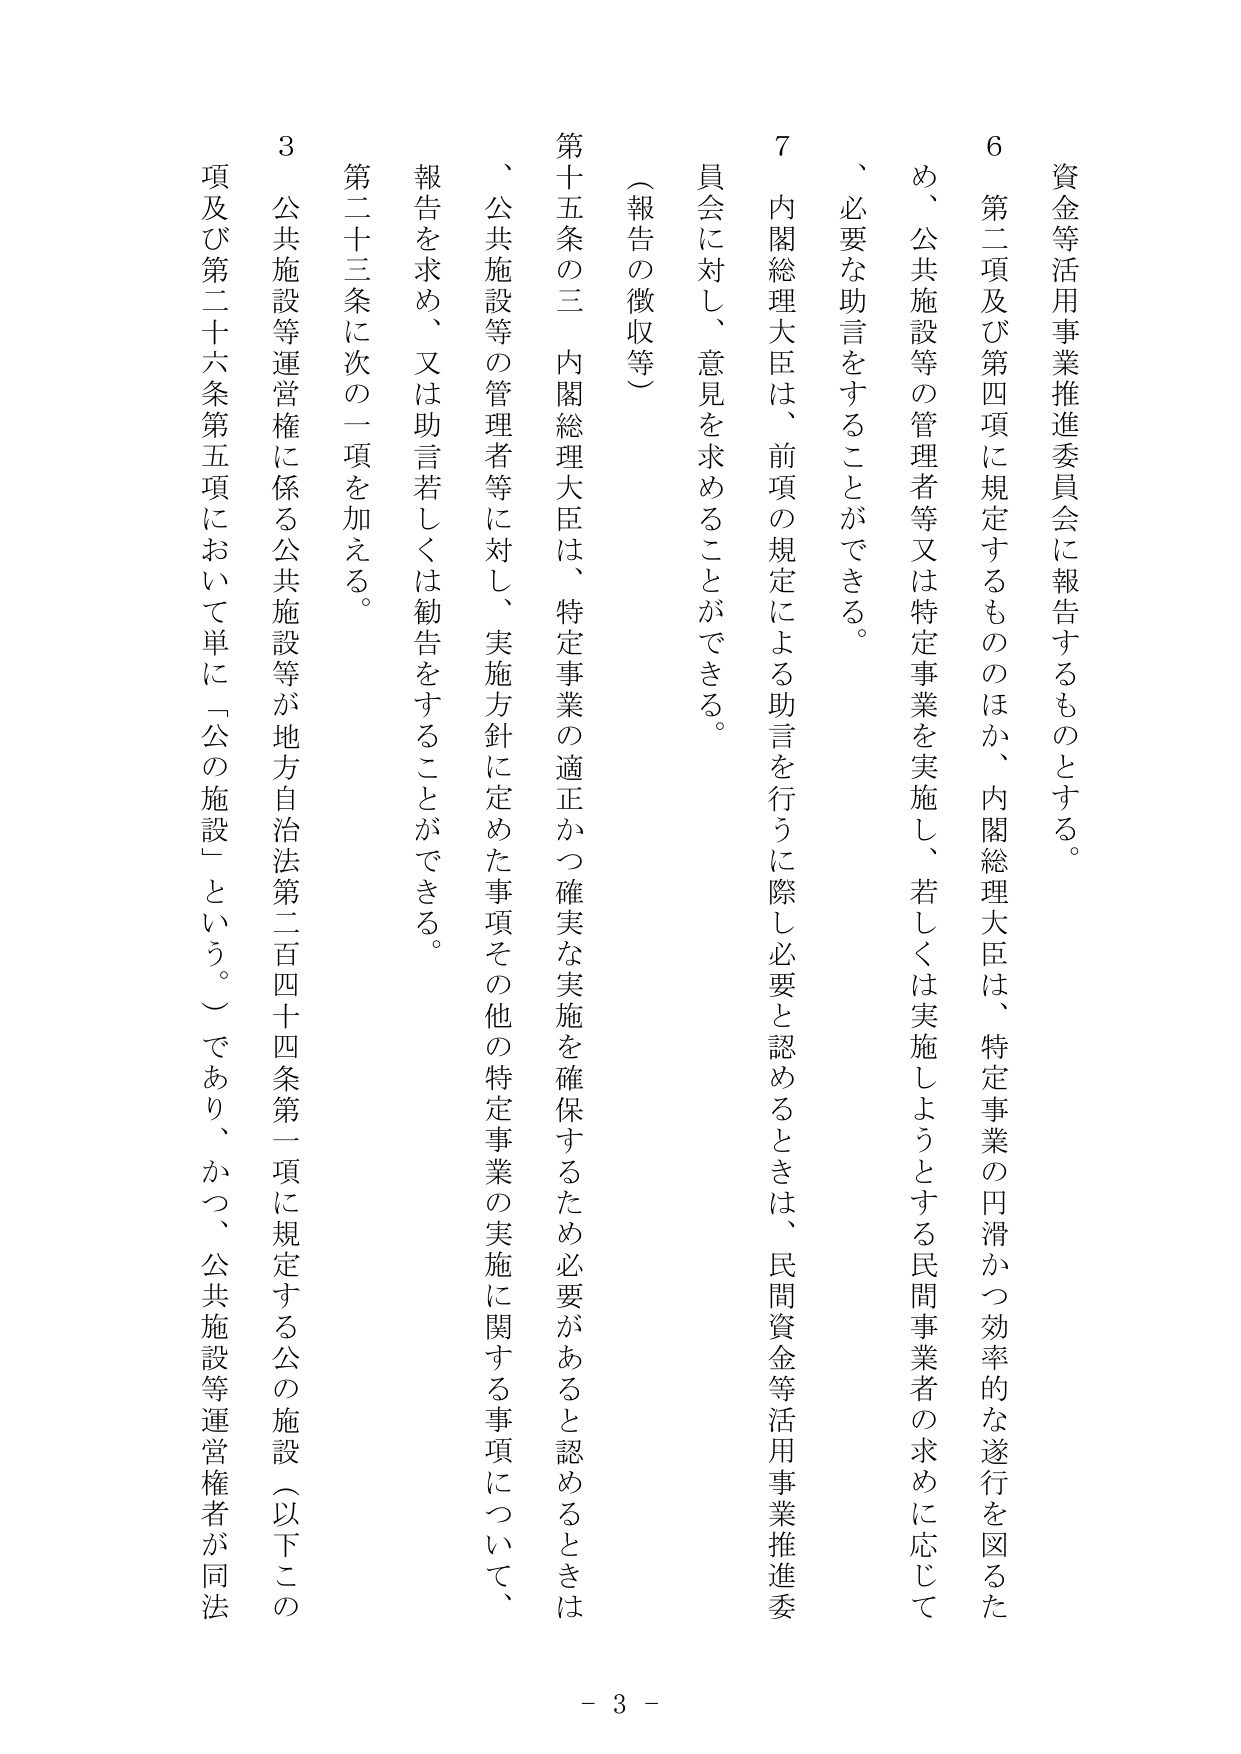
資金等活用事業推進委員会に報告するものとする。

6 第二項及び第四項に規定するもののほか、内閣総理大臣は、特定事業の円滑かつ効率的な遂行を図るため、公共施設等の管理者等又は特定事業を実施し、若しくは実施しようとする民間事業者の求めに応じて、必要な助言をすることができる。

7 内閣総理大臣は、前項の規定による助言を行うに際し必要と認めるときは、民間資金等活用事業推進委員会に対し、意見を求めることができる。

（報告の徴収等）

第十五条の三 内閣総理大臣は、特定事業の適正かつ確実な実施を確保するため必要があると認めるときは、公共施設等の管理者等に対し、実施方針に定めた事項その他の特定事業の実施に関する事項について、報告を求め、又は助言若しくは勧告をすることができる。

第二十三条に次の一項を加える。

3 公共施設等運営権に係る公共施設等が地方自治法第二百四十四条第一項に規定する公の施設（以下この項及び第二十六条第五項において単に「公の施設」という。）であり、かつ、公共施設等運営権者が同法

- 3 -